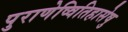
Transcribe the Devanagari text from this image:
पुराणेष्वितिहासेषु